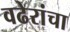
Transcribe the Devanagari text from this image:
वढेरांचा